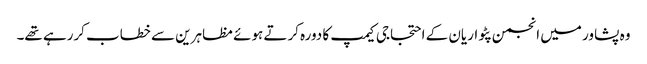
وہ پشاور میں انجمن پٹواریان کے احتجاجی کیمپ کا دورہ کرتے ہوئے مظاہرین سے خطاب کررہے تھے۔